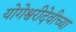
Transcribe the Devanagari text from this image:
योगेश्वरीदेवीच्या